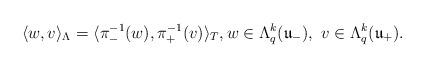
LaTeX: \begin{align*}\langle w, v \rangle_{\Lambda} = \langle \pi_{-}^{-1}(w), \pi_{+}^{-1}(v) \rangle_{T}, w \in \Lambda^k_q (\mathfrak{u}_-), \ v \in \Lambda^k_q (\mathfrak{u}_+).\end{align*}